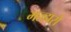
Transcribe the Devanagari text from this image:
मल्हारों